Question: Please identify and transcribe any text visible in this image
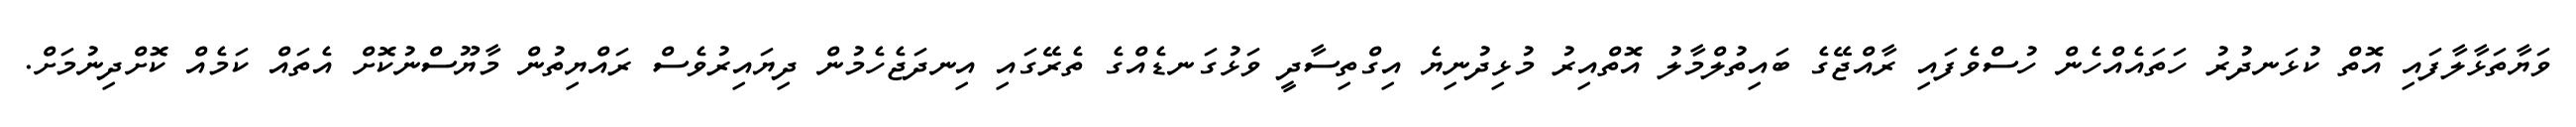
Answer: ވަޔާތަޅާލާފައި އޮތް ކުޅަނދުރު ހަތައެއްހެން ހުސްވެފައި ރާއްޖޭގެ ބައިތުލްމާލު އޮތްއިރު މުޅިދުނިޔެ އިގްތިސާދީ ވަޅުގަނޑެއްގެ ތެރޭގައި އިނދަޖެހެމުން ދިޔައިރުވެސް ރައްޔިތުން މާޔޫސްނުކޮށް އެތައް ކަމެއް ކޮށްދިނުމަށް.